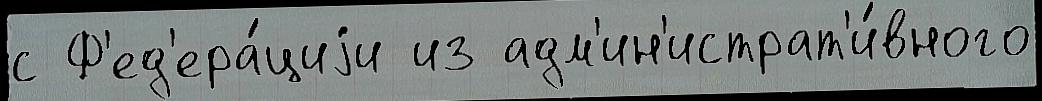
с Ф'ед'ера́циjи из адм'ин'истрат'и́вного